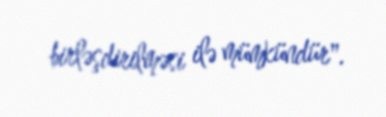
birləşdirilməsi ilə mümkündür".